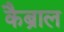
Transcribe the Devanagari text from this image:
कैब्राल